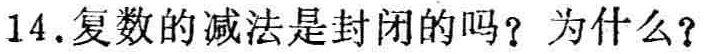
14.复数的减法是封闭的吗？为什么？